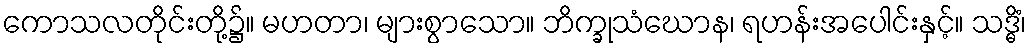
ကောသလတိုင်းတို့၌။ မဟတာ၊ များစွာသော။ ဘိက္ခုသံဃောန၊ ရဟန်းအပေါင်းနှင့်။ သဒ္ဓိံ၊